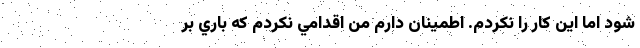
شود اما اين كار را نكردم. اطمينان دارم من اقدامي نكردم كه باري بر